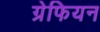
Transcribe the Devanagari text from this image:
ग्रेफियन